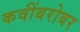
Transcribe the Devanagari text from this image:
कवींबरोबर